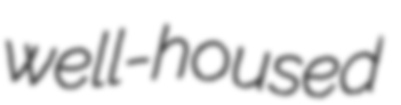
well-housed